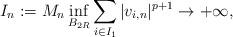
LaTeX: \begin{align*}I_n:= M_n \inf_{B_{2R}} \sum_{i\in I_1}|v_{i,n}|^{p+1} \to +\infty,\end{align*}